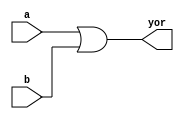
module ex_or(yor, a, b);
  input a, b;
  output yor;
  wire a, b;
  wire yor;
  or g1 (yor, a, b);
endmodule